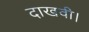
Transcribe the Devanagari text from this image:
दाखवी।